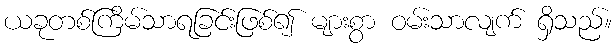
ယခုတစ်ကြိမ်သာရခြင်းဖြစ်၍ များစွာ ဝမ်းသာလျက် ရှိသည်။